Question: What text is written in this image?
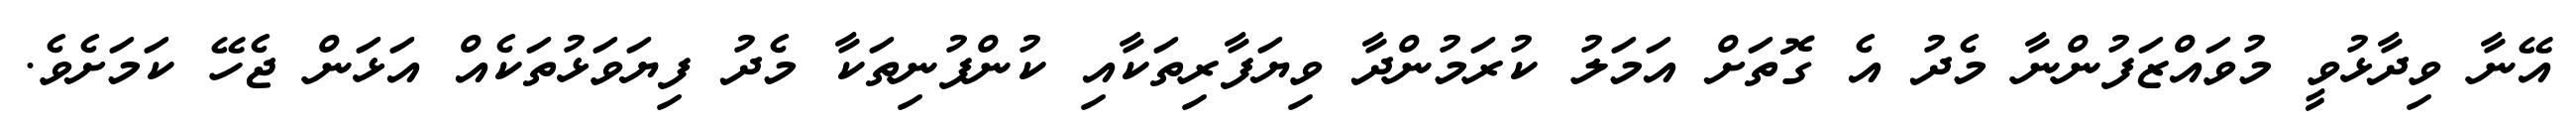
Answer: އޭނާ ވިދާޅުވީ މުވައްޒަފުންނާ މެދު އެ ގޮތަށް އަމަލު ކުރަމުންދާ ވިޔަފާރިތަކާއި ކުންފުނިތަކާ މެދު ފިޔަވަޅުތަކެއް އަޅަން ޖެހޭ ކަމަށެވެ.